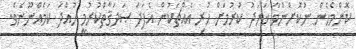
ކޮންމެހެން ނުކޮށްނުވާ ޚަރަދު ކުރުމަށް ހުރި އެއްޗަކުން އެފަދަ ޞަދަޤާތްކުރުމީ ހުއްދަ ކަމެއްނޫނެވެ.